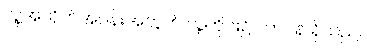
လူ့အသိုက်အဝန်းအတွက် လူတိုင်း၌ တာဝန် ရှိသည်။